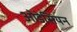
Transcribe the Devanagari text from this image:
ओडेसियन